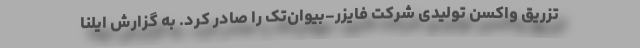
تزریق واکسن تولیدی شرکت فایزر-بیوان‌تک را صادر کرد. به گزارش ایلنا